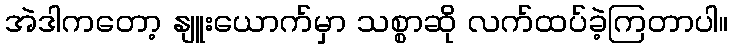
အဲဒါကတော့ နျူးယောက်မှာ သစ္စာဆို လက်ထပ်ခဲ့ကြတာပါ။